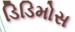
ડિડિમોસ